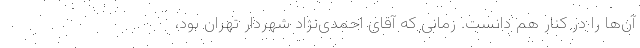
آن‌ها را در کنار هم دانست. زمانی که آقای احمدی‌نژاد شهردار تهران بود،